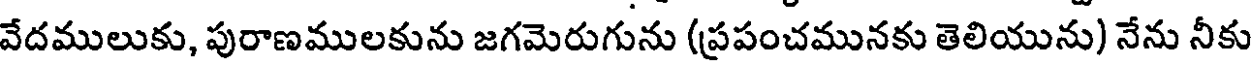
వేదములుకు, పురాణములకును జగమెరుగును (ప్రపంచమునకు తెలియును) నేను నీకు